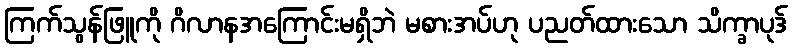
ကြက်သွန်ဖြူကို ဂိလာနအကြောင်းမရှိဘဲ မစားအပ်ဟု ပညတ်ထားသော သိက္ခာပုဒ်